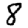
Digit: 8